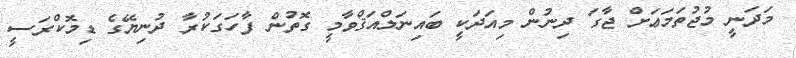
މަދަނީ މުޖުތަމަޢަށް ޖާގަ ދިނުން މިއަދަކީ ބައިނަލްއަޤްވާމީ ގޮތުން ފާހަގަކުރާ ދުނިޔޭގެ ޑިމޮކްރަސީ